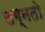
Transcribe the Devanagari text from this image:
लग्नतो